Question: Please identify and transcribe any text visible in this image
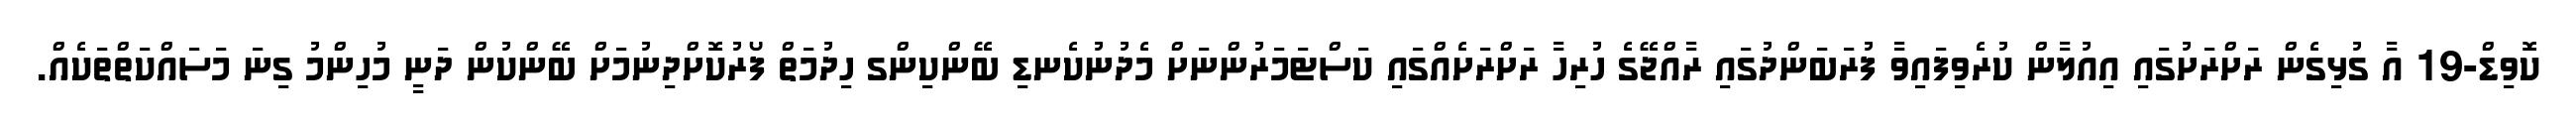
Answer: ކޮވިޑް-19 އާ ގުޅިގެން ރަށްރަށުގައި އިއުލާން ކުރެވިފައިވާ ފުރަބަންދުގައި ރާއްޖޭގެ ހުރިހާ ރަށްރަށެއްގައި ކަސްޓަމަރުންނަށް މެދުނުކެނޑި ބޭންކިންގ ހިދުމަތް ފޯރުކޮށްދިނުމަށް ބޭންކުން ދަނީ މުހިންމު ގިނަ މަސައްކަތްތަކެއް.